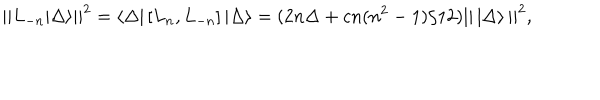
{ | | L _ { - n } | \Delta \rangle | | } ^ { 2 } = \langle \Delta | \left[ L _ { n } , L _ { - n } \right] | \Delta \rangle = ( 2 n \Delta + c n ( n ^ { 2 } - 1 ) / 1 2 ) | | \, | \Delta \rangle \, | | ^ { 2 } ,